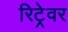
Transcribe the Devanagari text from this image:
रिट्रेवर